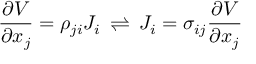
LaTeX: { \frac { \partial V } { \partial x _ { j } } } = \rho _ { j i } J _ { i } \, \rightleftharpoons \, J _ { i } = \sigma _ { i j } { \frac { \partial V } { \partial x _ { j } } }